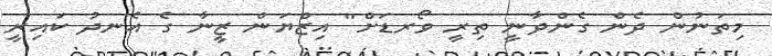
މިތަނުން ދެން ގެންދާނީ ތިރީ ވޯރޑަށް" އިޒްޔަން ޒީނާ ގެ އެނދު ކައިރީ